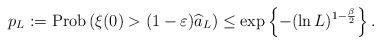
LaTeX: \begin{align*}p_L := \textnormal{Prob} \left( \xi(0) > (1-\varepsilon)\widehat{a}_L \right) \le \exp\left\{-(\ln L)^{1-\frac{\beta}{2}}\right\}.\end{align*}